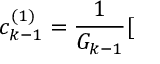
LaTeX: c _ { k - 1 } ^ { ( 1 ) } = \frac { 1 } { G _ { k - 1 } } [